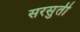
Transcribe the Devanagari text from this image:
सरसुती